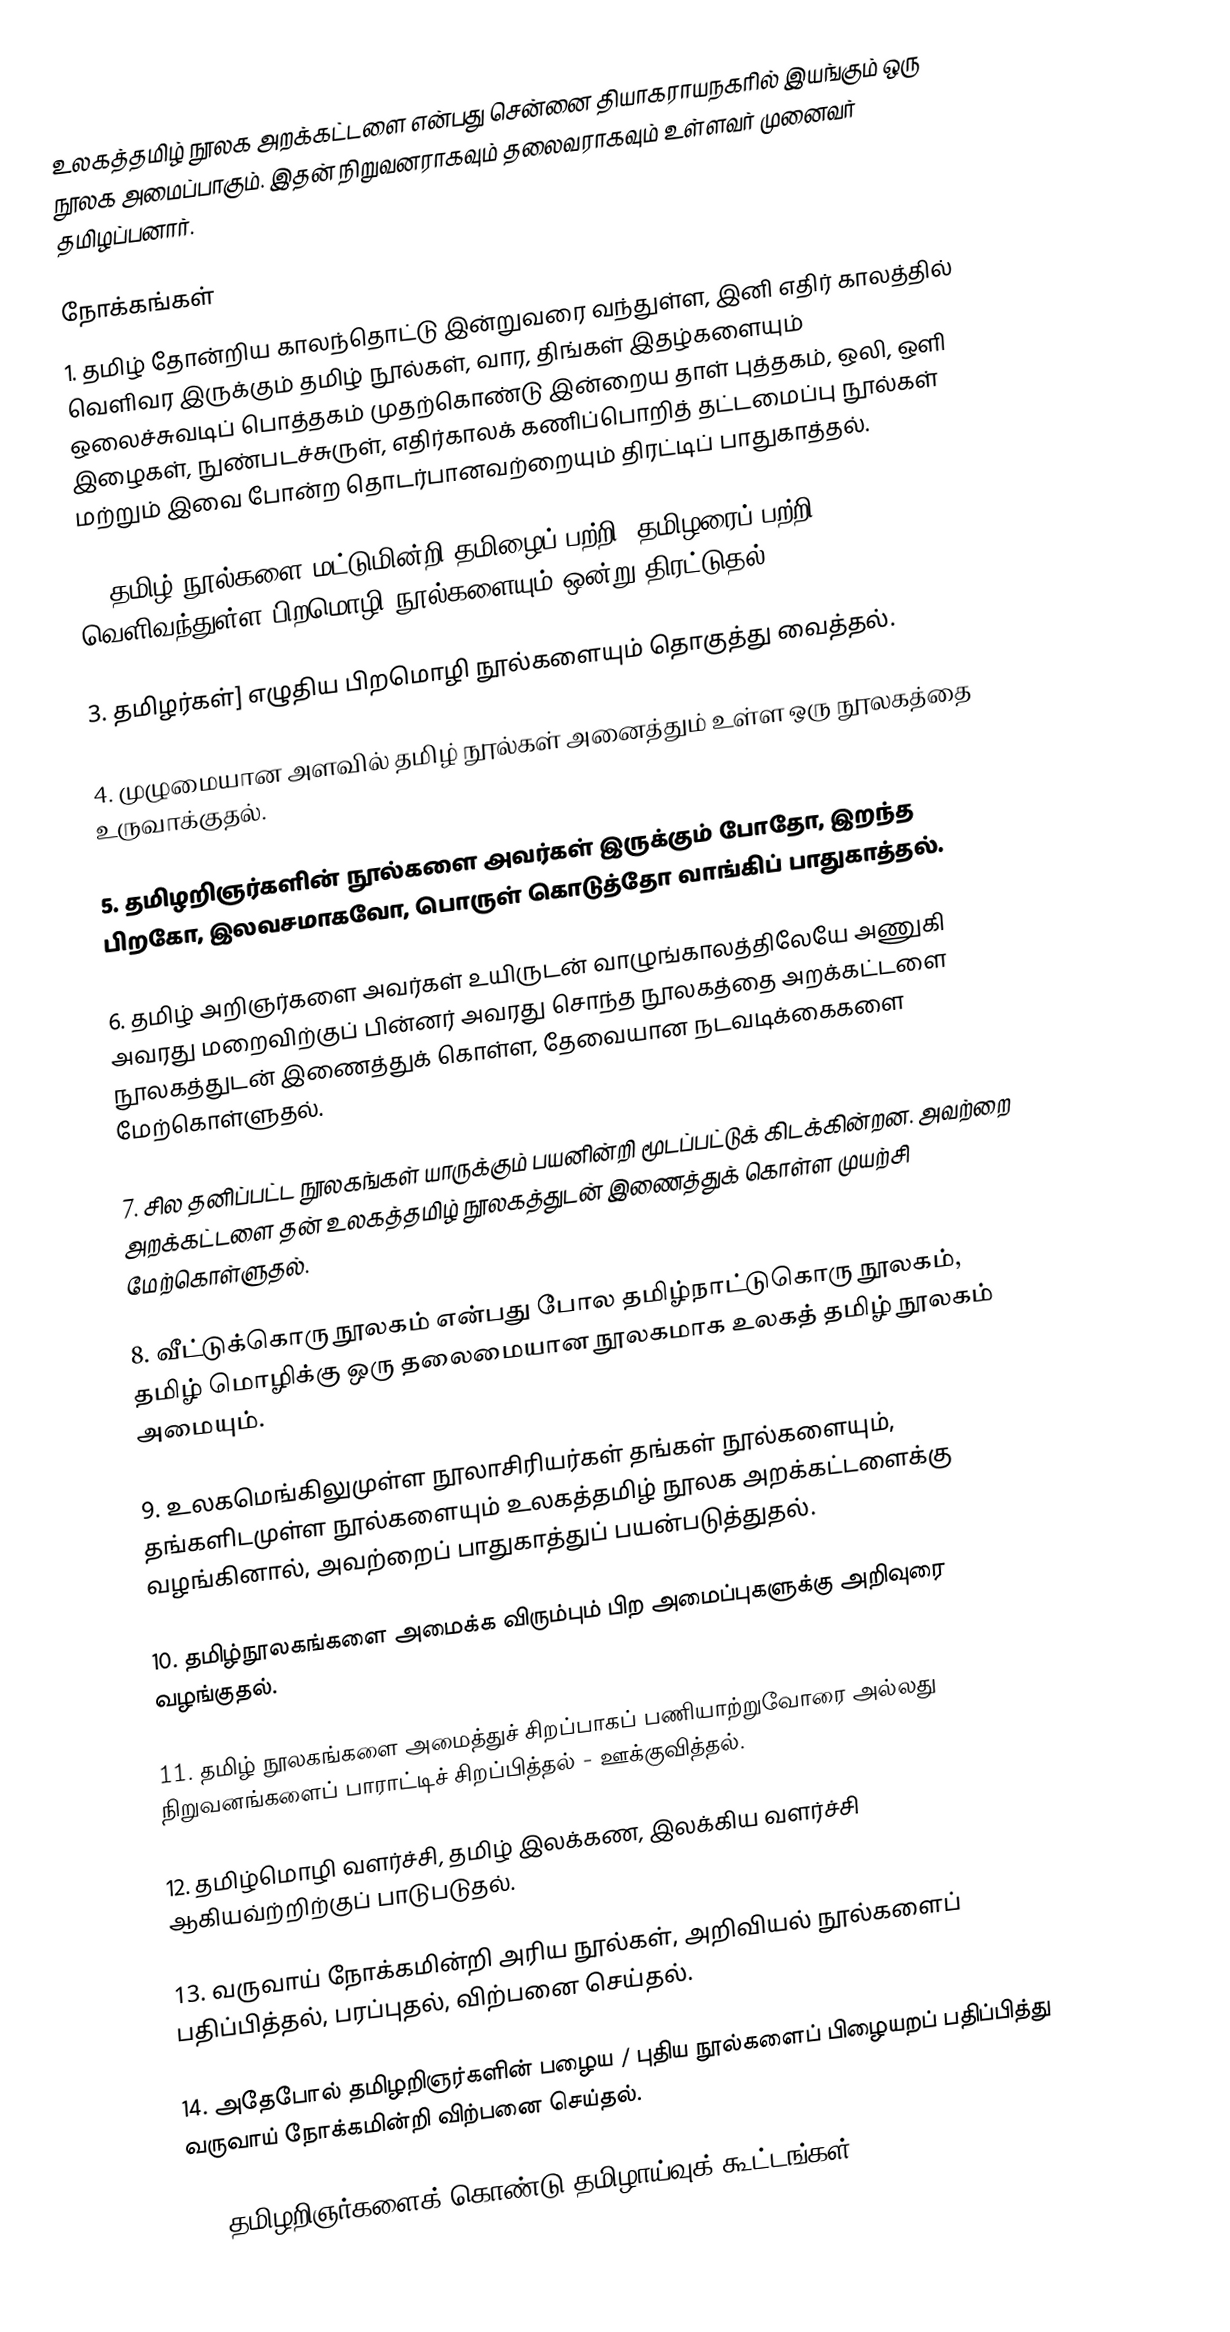
உலகத்தமிழ் நூலக அறக்கட்டளை என்பது சென்னை தியாகராயநகரில் இயங்கும் ஒரு நூலக அமைப்பாகும். இதன் நிறுவனராகவும் தலைவராகவும் உள்ளவர் முனைவர் தமிழப்பனார்.

நோக்கங்கள்
1. தமிழ் தோன்றிய காலந்தொட்டு இன்றுவரை வந்துள்ள, இனி எதிர் காலத்தில் வெளிவர இருக்கும் தமிழ் நூல்கள், வார, திங்கள் இதழ்களையும் ஒலைச்சுவடிப் பொத்தகம் முதற்கொண்டு இன்றைய தாள் புத்தகம், ஒலி, ஒளி இழைகள், நுண்படச்சுருள், எதிர்காலக் கணிப்பொறித் தட்டமைப்பு நூல்கள் மற்றும் இவை போன்ற தொடர்பானவற்றையும் திரட்டிப் பாதுகாத்தல்.

2. தமிழ் நூல்களை மட்டுமின்றி தமிழைப் பற்றி, தமிழரைப் பற்றி, வெளிவந்துள்ள பிறமொழி நூல்களையும் ஒன்று திரட்டுதல்.

3. தமிழர்கள்] எழுதிய பிறமொழி நூல்களையும் தொகுத்து வைத்தல்.

4. முழுமையான அளவில் தமிழ் நூல்கள் அனைத்தும் உள்ள ஒரு நூலகத்தை உருவாக்குதல்.

5. தமிழறிஞர்களின் நூல்களை அவர்கள் இருக்கும் போதோ, இறந்த பிறகோ, இலவசமாகவோ, பொருள் கொடுத்தோ வாங்கிப் பாதுகாத்தல்.

6. தமிழ் அறிஞர்களை அவர்கள் உயிருடன் வாழுங்காலத்திலேயே அணுகி அவரது மறைவிற்குப் பின்னர் அவரது சொந்த நூலகத்தை அறக்கட்டளை நூலகத்துடன் இணைத்துக் கொள்ள, தேவையான நடவடிக்கைகளை மேற்கொள்ளுதல்.

7. சில தனிப்பட்ட நூலகங்கள் யாருக்கும் பயனின்றி மூடப்பட்டுக் கிடக்கின்றன. அவற்றை அறக்கட்டளை தன் உலகத்தமிழ் நூலகத்துடன் இணைத்துக் கொள்ள முயற்சி மேற்கொள்ளுதல்.

8. வீட்டுக்கொரு நூலகம் என்பது போல தமிழ்நாட்டுகொரு நூலகம், தமிழ் மொழிக்கு ஒரு தலைமையான நூலகமாக உலகத் தமிழ் நூலகம் அமையும்.

9. உலகமெங்கிலுமுள்ள நூலாசிரியர்கள் தங்கள் நூல்களையும், தங்களிடமுள்ள நூல்களையும் உலகத்தமிழ் நூலக அறக்கட்டளைக்கு வழங்கினால், அவற்றைப் பாதுகாத்துப் பயன்படுத்துதல்.

10. தமிழ்நூலகங்களை அமைக்க விரும்பும் பிற அமைப்புகளுக்கு அறிவுரை வழங்குதல்.

11. தமிழ் நூலகங்களை அமைத்துச் சிறப்பாகப் பணியாற்றுவோரை அல்லது நிறுவனங்களைப் பாராட்டிச் சிறப்பித்தல் - ஊக்குவித்தல்.

12. தமிழ்மொழி வளர்ச்சி, தமிழ் இலக்கண, இலக்கிய வளர்ச்சி ஆகியவ்ற்றிற்குப் பாடுபடுதல்.

13. வருவாய் நோக்கமின்றி அரிய நூல்கள், அறிவியல் நூல்களைப் பதிப்பித்தல், பரப்புதல், விற்பனை செய்தல்.

14. அதேபோல் தமிழறிஞர்களின் பழைய / புதிய நூல்களைப் பிழையறப் பதிப்பித்து வருவாய் நோக்கமின்றி விற்பனை செய்தல்.

15. தமிழறிஞர்களைக் கொண்டு தமிழாய்வுக் கூட்டங்கள்